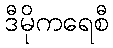
ဒီမိုကရေစီ